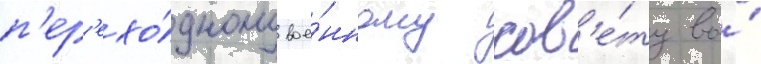
п'ер'ехо́дному вое́нному сов'е́ту во́